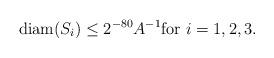
LaTeX: \begin{align*}\textnormal{diam} (S_i) \leq 2^{-80} A^{-1} \textnormal{for} \ i=1,2,3.\end{align*}